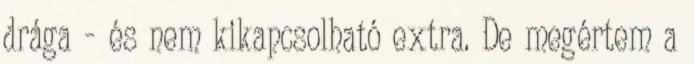
drága - és nem kikapcsolható extra. De megértem a